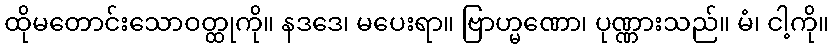
ထိုမတောင်းသောဝတ္ထုကို။ နဒဒေ၊ မပေးရာ။ ဗြာဟ္မဏော၊ ပုဏ္ဏားသည်။ မံ၊ ငါ့ကို။